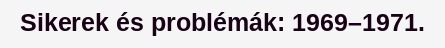
Sikerek és problémák: 1969–1971.